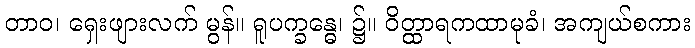
တာဝ၊ ရှေးဖျားလက် မွန်။ ရူပက္ခန္ဓေ၊ ၌။ ဝိတ္ထာရကထာမုခံ၊ အကျယ်စကား